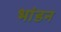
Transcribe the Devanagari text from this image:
भांडन